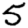
Digit: 5